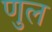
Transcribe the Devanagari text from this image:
णुल